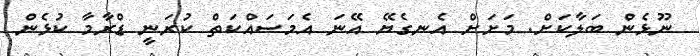
ނޫޅެން ބަލާކަށް. މަށަށް އެނގެޔޭ އޭނަ އެމަސައްކަތް ކުރަނީ ޑްރާމާ ކުޅެން